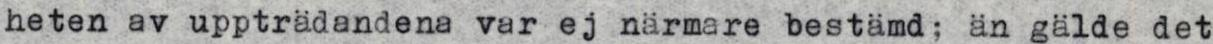
heten av uppträdandena var ej närmare bestämd; än gälde det